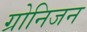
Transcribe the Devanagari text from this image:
ग्रोनिजन